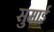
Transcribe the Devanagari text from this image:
सुमाई